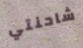
شاحنتي